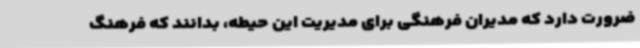
ضرورت دارد که مدیران فرهنگی برای مدیریت این حیطه، بدانند که فرهنگ